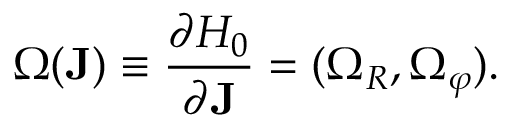
\boldsymbol { \Omega } ( \mathbf { J } ) \equiv \frac { \partial H _ { 0 } } { \partial \mathbf { J } } = ( \Omega _ { R } , \Omega _ { \varphi } ) .